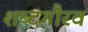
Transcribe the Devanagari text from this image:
शब्दगौरव